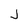
Character: j